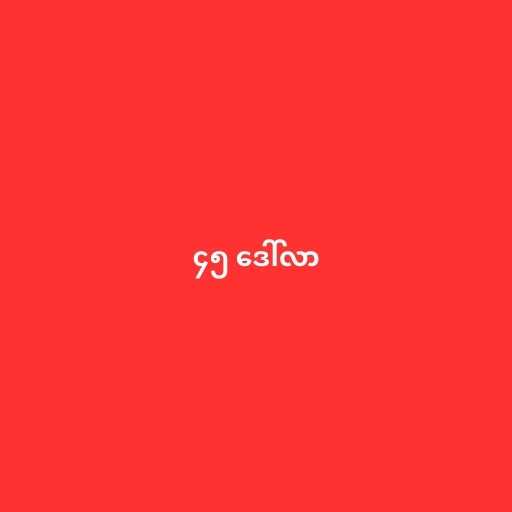
၄၅ ဒေါ်လာ